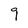
Character: 9